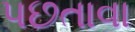
પછતાવા